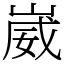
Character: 崴